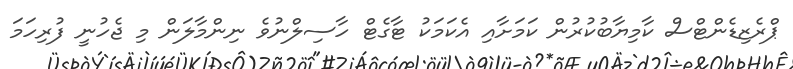
ޕްރެޒިޑެންޓްސް ކާމިޔާބުކުރުން ކަމަށާއި އެކަމަކު ޓާގެޓް ހާސިލްނުވެ ނިންމާލަން މި ޖެހުނީ ފުރިހަމަ